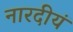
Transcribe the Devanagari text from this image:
नारदीयं